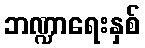
ဘဏ္ဍာရေးနှစ်